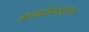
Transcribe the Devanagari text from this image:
कादंबरीकारांच्या